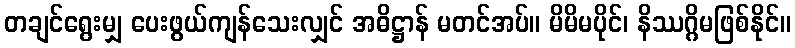
တချင်ရွေးမျှ ပေးဖွယ်ကျန်သေးလျှင် အဓိဋ္ဌာန် မတင်အပ်။ မိမိမပိုင်၊ နိဿဂ္ဂိမဖြစ်နိုင်။